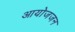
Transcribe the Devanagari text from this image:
आयोजजन